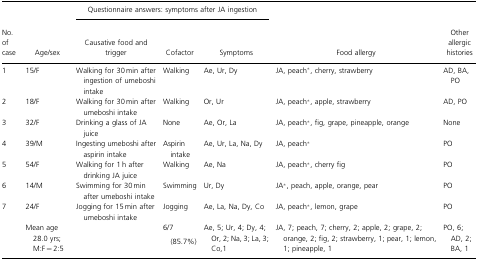
<table><thead><tr><td></td><td></td><td colspan="3"><b>Questionnaire answers: symptoms after JA ingestion</b></td><td></td><td></td></tr><tr><td><b>No. of case</b></td><td><b>Age/sex</b></td><td><b>Causative food and trigger</b></td><td><b>Cofactor</b></td><td><b>Symptoms</b></td><td><b>Food allergy</b></td><td><b>Other allergic histories</b></td></tr></thead><tbody><tr><td>1</td><td>15/F</td><td>Walking for 30 min after ingestion of umeboshi intake</td><td>Walking</td><td>Ae, Ur, Dy</td><td>JA, peach*, cherry, strawberry</td><td>AD, BA, PO</td></tr><tr><td>2</td><td>18/F</td><td>Walking for 30 min after umeboshi intake</td><td>Walking</td><td>Or, Ur</td><td>JA, peach*, apple, strawberry</td><td>AD, PO</td></tr><tr><td>3</td><td>32/F</td><td>Drinking a glass of JA juice</td><td>None</td><td>Ae, Or, La</td><td>JA, peach*, fig, grape, pineapple, orange</td><td>None</td></tr><tr><td>4</td><td>39/M</td><td>Ingesting umeboshi after aspirin intake</td><td>Aspirin intake</td><td>Ae, Ur, La, Na, Dy</td><td>JA, peach*</td><td>PO</td></tr><tr><td>5</td><td>54/F</td><td>Walking for 1 h after drinking JA juice</td><td>Walking</td><td>Ae, Na</td><td>JA, peach*, cherry fig</td><td>PO</td></tr><tr><td>6</td><td>14/M</td><td>Swimming for 30 min after umeboshi intake</td><td>Swimming</td><td>Ur, Dy</td><td>JA*, peach, apple, orange, pear</td><td>PO</td></tr><tr><td>7</td><td>24/F</td><td>Jogging for 15 min after umeboshi intake</td><td>Jogging</td><td>Ae, La, Na, Dy, Co</td><td>JA, peach*, lemon, grape</td><td>PO</td></tr><tr><td></td><td>Mean age 28.0 yrs; M:F = 2:5</td><td></td><td>6/7 (85.7%)</td><td>Ae, 5; Ur, 4; Dy, 4; Or, 2; Na, 3; La, 3; Co,1</td><td>JA, 7; peach, 7; cherry, 2; apple, 2; grape, 2; orange, 2; fig, 2; strawberry, 1; pear, 1; lemon, 1; pineapple, 1</td><td>PO, 6; AD, 2; BA, 1</td></tr></tbody></table>